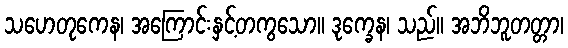
သဟေတုကေန၊ အကြောင်းနှင့်တကွသော။ ဒုက္ခေန၊ သည်။ အဘိဘူတတ္တာ၊